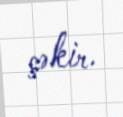
çəkir.